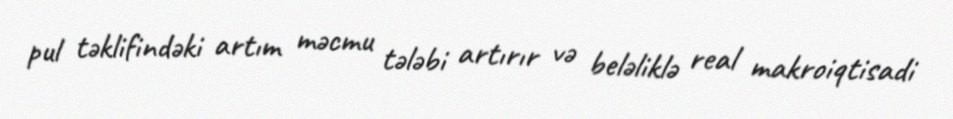
pul təklifindəki artım məcmu tələbi artırır və beləliklə real makroiqtisadi